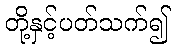
တို့နှင့်ပတ်သက်၍